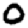
Digit: 0